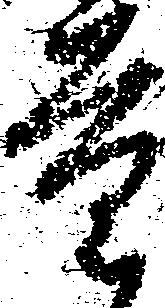
量